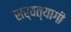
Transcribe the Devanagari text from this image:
सर्वत्यागी